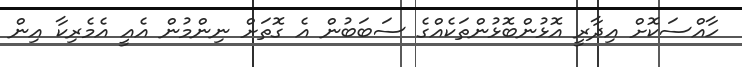
ހާއްސަކޮށް އިދާރީ އޮޅުންބޮޅުންތަކެއްގެ ސަބަބުން އެ ގޮތަށް ނިންމުން އެއީ އެމެރިކާ އިން